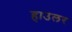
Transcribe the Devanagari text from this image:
हाउलर